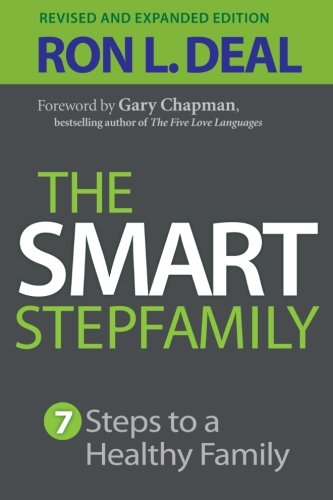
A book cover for The Smart Stepfamily: Seven Steps to a Healthy Family; Ron L. Deal; Parenting & Relationships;